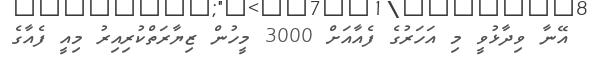
އޭނާ ވިދާޅުވީ މި އަހަރުގެ ފެއާއަށް 3000 މީހުން ޒިޔާރަތްކުރިއިރު މިއީ ފެއާގެ